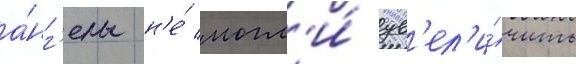
а́нг'елы н'е́ могл'и́ ув'ел'и́чить